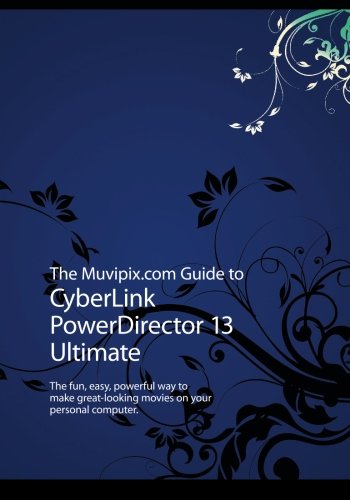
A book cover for The Muvipix.com Guide to CyberLink PowerDirector 13 Ultimate: The fun, easy, powerful way to make great-looking movies on your PC; Steve Grisetti; Computers & Technology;